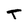
Character: T